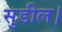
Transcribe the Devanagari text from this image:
सुडील।